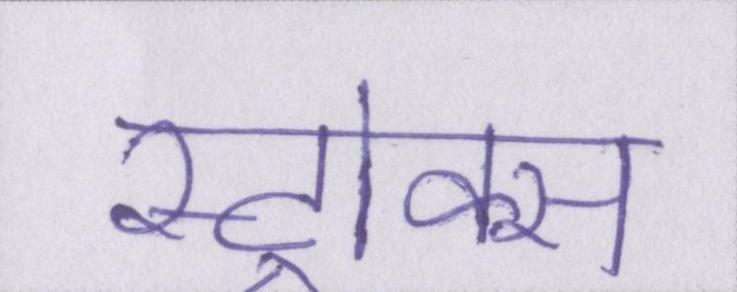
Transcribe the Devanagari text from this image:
स्ट्रोक्स